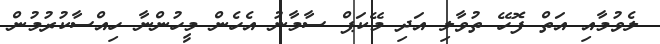
ލެވުމާއި އަތް ފޮހޭ ތުވާލި އަދި މޭކަޕް ސާމާނު އެހެން މީހުންނާ ހިއްސާކުރުމުން